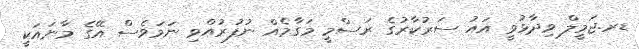
ޑރ.ޖަމީލް ވިދާޅުވީ އައު ސަރުކާރުގެ ރަސްމީ މަގާމެއް ނުފުރުއްވި ނަމަވެސް އޭގެ މާނައަކީ